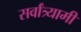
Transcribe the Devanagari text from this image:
सर्वांत्र्यामी